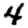
Digit: 4